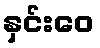
နှင်းဝေ